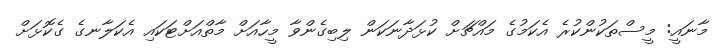
މާނައީ: މީސްތަކުންކުރެ އެކަމުގެ މައްޗަށް ކުޅަދާނަކަން ލިބިގެންވާ މީހާއަށް މާތްއަށްޓަކައި އެކަލާނގެ ގެކޮޅަށް